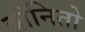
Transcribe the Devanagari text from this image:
बोनितो